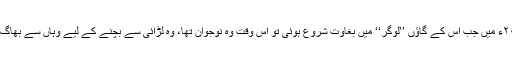
۲۰۰۷ء میں جب اس کے گاؤں ’’لوگر‘‘ میں بغاوت شروع ہوئی تو اس وقت وہ نوجوان تھا، وہ لڑائی سے بچنے کے لیے وہاں سے بھاگ گیا۔